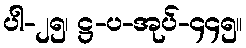
ပါ-၂၅၊ ဋ္ဌ-ပ-အုပ်-၄၄၅။